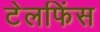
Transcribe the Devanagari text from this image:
टेलफिंस